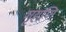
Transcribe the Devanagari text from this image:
गृहणि